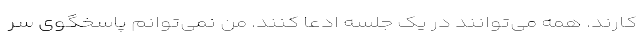
کارند. همه می‌توانند در یک جلسه ادعا کنند. من نمی‌توانم پاسخگوی سر